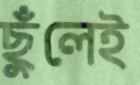
ছুঁলেই